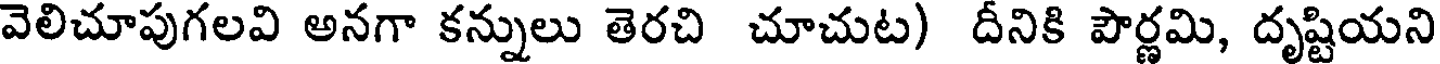
వెలిచూపుగలవి అనగా కన్నులు తెరచి చూచుట) దీనికి పౌర్ణమి, దృష్టియని